Indian journal of veterinary science and animal husbandry - Volume 13,
Year: 1943
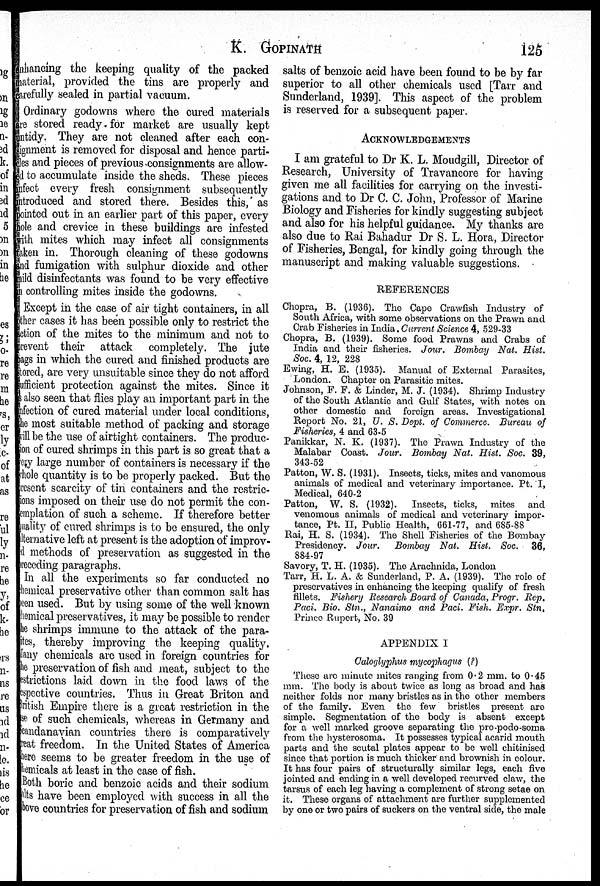
K. GOPINATH 125
nhancing the keeping quality of the packed
material, provided the tins are properly and
carefully sealed in partial vacuum.
Ordinary godowns where the cured materials
are stored ready for market are usually kept
intidy. They are not cleaned after each con-
signment is removed for disposal and hence parti-
cles and pieces of previous consignments are allow-
ed to accumulate inside the sheds. These pieces
infect every fresh consignment subsequently
introduced and stored there. Besides this, as
ointed out in an earlier part of this paper, every
ole and crevice in these buildings are infested
with mites which may infect all consignments
taken in. Thorough cleaning of these godowns
and fumigation with sulphur dioxide and other
mild disinfectants was found to be very effective
a controlling mites inside the godowns.
Except in the case of air tight containers, in all
ther cases it has been possible only to restrict the
action of the mites to the minimum and not to
prevent their attack completely. The jute
eags in which the cured and finished products are
stored, are very unsuitable since they do not afford
efficient protection against the mites. Since it
is also seen that flies play an important part in the
afection of cured material under local conditions,
he most suitable method of packing and storage
will be the use of airtight containers. The produc-
ion of cured shrimps in this part is so great that a
every large number of containers is necessary if the
hole quantity is to be properly packed. But the
present scarcity of tin containers and the restric-
tions imposed on their use do not permit the con-
emplation of such a scheme. If therefore better
ality of cured shrimps is to be ensured, the only
alternative left at present is the adoption of improv-
ed methods of preservation as suggested in the
preceding paragraphs.
In all the experiments so far conducted no
chemical preservative other than common salt has
been used. But by using some of the well known
chemical preservatives, it may be possible to render
the shrimps immune to the attack of the para-
---es, thereby improving the keeping quality.
Many chemicals are used in foreign countries for
the preservation of fish and meat, subject to the
restrictions laid down in the food laws of the
respective countries. Thus in Great Briton and
British Empire there is a great restriction in the
use of such chemicals, whereas in Germany and
candanavian countries there is comparatively
treat freedom. In the United States of America
there seems to be greater freedom in the use of
chemicals at least in the case of fish.
Both boric and benzoic acids and their sodium
salts have been employed with success in all the
above countries for preservation of fish and sodium
salts of benzoic acid have been found to be by far
superior to all other chemicals used [Tarr and
Sunderland, 1939]. This aspect of the problem
is reserved for a subsequent paper.
ACKNOWLEDGEMENTS
I am grateful to Dr K. L. Moudgill, Director of
Research, University of Travancore for having
given me all facilities for carrying on the investi-
gations and to Dr C. C. John, Professor of Marine
Biology and Fisheries for kindly suggesting subject
and also for his helpful guidance. My thanks are
also due to Rai Bahadur Dr S. L. Hora, Director
of Fisheries, Bengal, for kindly going through the
manuscript and making valuable suggestions.
REFERENCES
Chopra, B. (1936). The Cape Crawfish Industry of
South Africa, with some observations on the Prawn and
Crab Fisheries in India. Current Science 4, 529-33
Chopra, B. (1939). Some food Prawns and Crabs of
India and their fisheries. Jour. Bombay Nat. Hist.
Soc. 4, 12, 228
Ewing, H. E. (1935). Manual of External Parasites,
London. Chapter on Parasitic mites.
Johnson, F. F. & Linder, M. J. (1934). Shrimp Industry
of the South Atlantic and Gulf States, with notes on
other domestic and foreign areas. Investigational
Report No. 21, U. S. Dept. of Commerce. Bureau of
Fisheries, 4 and 63-5
Panikkar, N. K. (1937). The Prawn Industry of the
Malabar Coast. Jour. Bombay Nat. Hist. Soc. 39,
343-52
Patton, W. S. (1931). Insects, ticks, mites and vanomous
animals of medical and veterinary importance. Pt. I,
Medical, 640-2
Patton, W. S. (1932). Insects, ticks, mites and
venomous animals of medical and veterinary impor-
tance, Pt. II, Public Health, 661-77, and 685-88
Rai, H. S. (1934). The Shell Fisheries of the Bombay
Presidency. Jour. Bombay Nat. Hist. Soc. 36,
884-97
Savory, T. H. (1935). The Arachnida, London
Tarr, H. L. A. & Sunderland, P. A. (1939). The role of
preservatives in enhancing the keeping qualify of fresh
fillets. Fishery Research Board of Canada, Progr. Rep.
Paci. Bio. Stn., Nanaimo and Paci. Fish. Expr. Stn.
Prince Rupert, No. 39
APPENDIX I
Caloglyphus mycophagus (?)
These are minute mites ranging from 0.2 mm. to 0.45
mm. The body is about twice as long as broad and has
neither folds nor many bristles as in the other members
of the family. Even the few bristles present are
simple. Segmentation of the body is absent except
for a well marked groove separating the pro-podo-soma
from the hysterosoma. It possesses typical acarid month
parts and the scutal plates appear to be well chitinised
since that portion is much thicker and brownish in colour.
It has four pairs of structurally similar legs, each five
jointed and ending in a well developed recurved claw, the
tarsus of each leg having a complement of strong setae on
it. These organs of attachment are further supplemented
by one or two pairs of suckers on the ventral side, the male